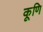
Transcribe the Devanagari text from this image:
कूणि